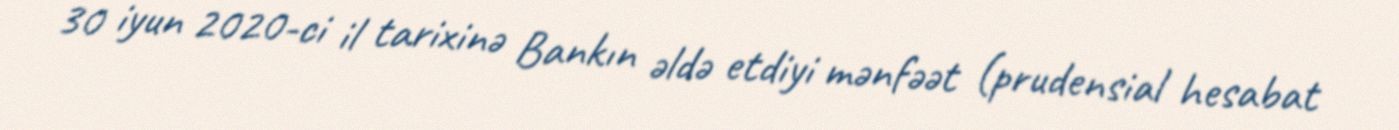
30 iyun 2020-ci il tarixinə Bankın əldə etdiyi mənfəət (prudensial hesabat